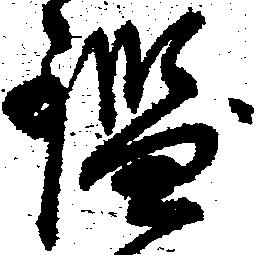
鑑